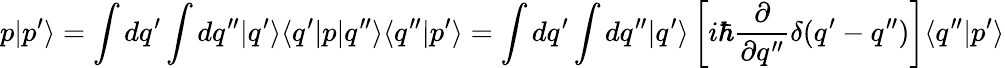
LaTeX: p|p^{\prime}\rangle=\int dq^{\prime}\int dq^{\prime\prime}|q^{\prime}\rangle\langle q^{\prime}|p|q^{\prime\prime}\rangle\langle q^{\prime\prime}|p^{\prime}\rangle=\int dq^{\prime}\int dq^{\prime\prime}|q^{\prime}\rangle\left[i\hbar\frac{\partial}{\partial q^{\prime\prime}}\delta(q^{\prime}-q^{\prime\prime})\right]\langle q^{\prime\prime}|p^{\prime}\rangle